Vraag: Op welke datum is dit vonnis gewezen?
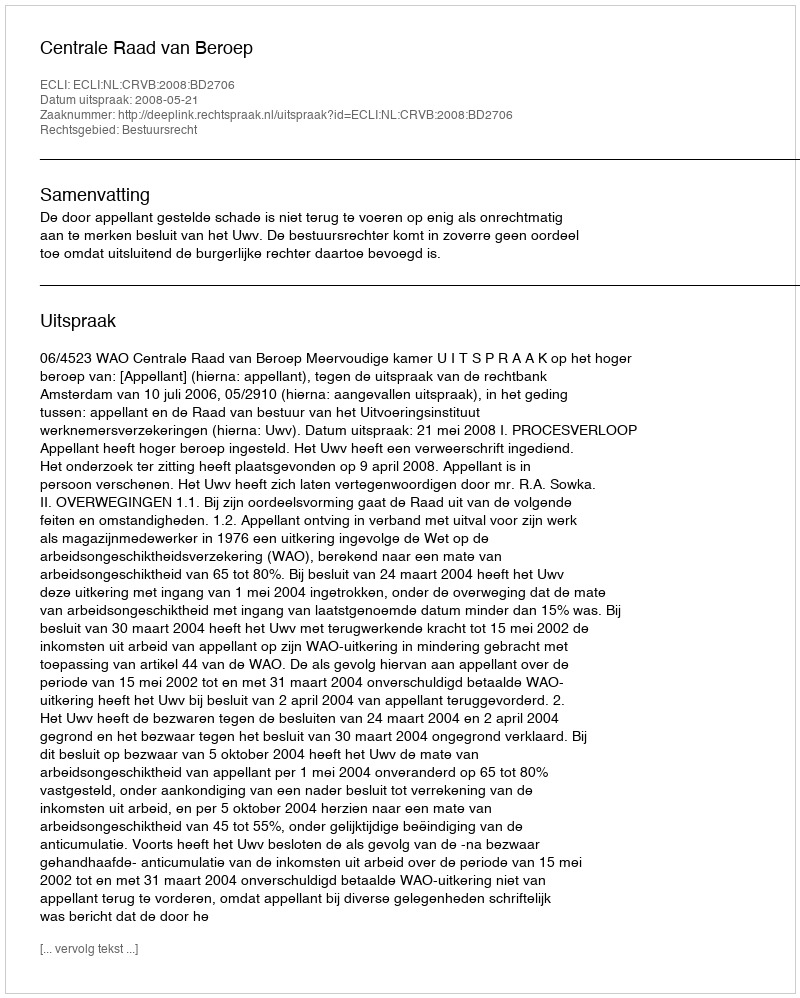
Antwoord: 2008-05-21